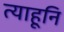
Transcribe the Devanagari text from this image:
त्याहूनि